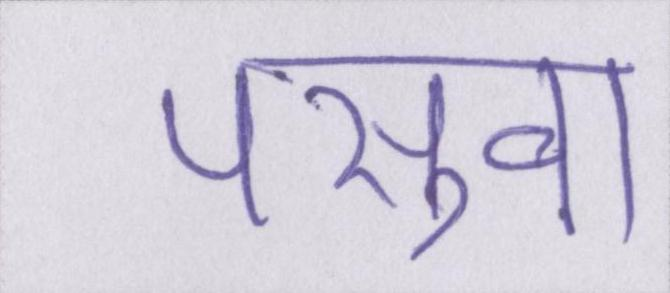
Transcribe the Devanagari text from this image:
पसुवा